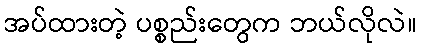
အပ်ထားတဲ့ ပစ္စည်းတွေက ဘယ်လိုလဲ။